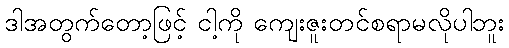
ဒါအတွက်တော့ဖြင့် ငါ့ကို ကျေးဇူးတင်စရာမလိုပါဘူး